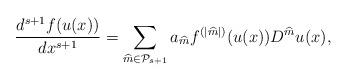
LaTeX: \begin{align*} \frac{d^{s+1}f(u(x))}{dx^{s+1}} = \sum_{\widehat m\in\mathcal{P}_{s+1}} a_{\widehat m} f^{(|\widehat m|)}(u(x)) D^{\widehat m} u(x), \end{align*}